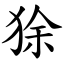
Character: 狳